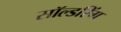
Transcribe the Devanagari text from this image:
सॉल्डरिंग